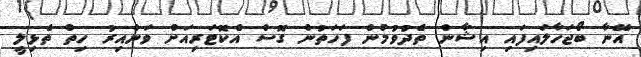
އޭނާ ބޯޖަހާލައިފައި އިޝާން ތެދުވުމުން ފަހަތުން ގޮސް އެކޮޓަރިއަށް ވަންއިރު ހިތް ތެޅިލީ